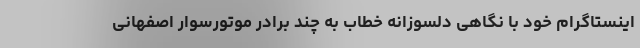
اینستاگرام خود با نگاهی دلسوزانه خطاب به چند برادر موتورسوار اصفهانی